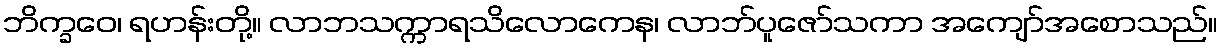
ဘိက္ခဝေ၊ ရဟန်းတို့။ လာဘသက္ကာရသိလောကေန၊ လာဘ်ပူဇော်သကာ အကျော်အစောသည်။